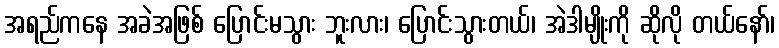
အရည်ကနေ အခဲအဖြစ် ပြောင်းမသွား ဘူးလား၊ ပြောင်းသွားတယ်၊ အဲဒါမျိုးကို ဆိုလို တယ်နော်၊